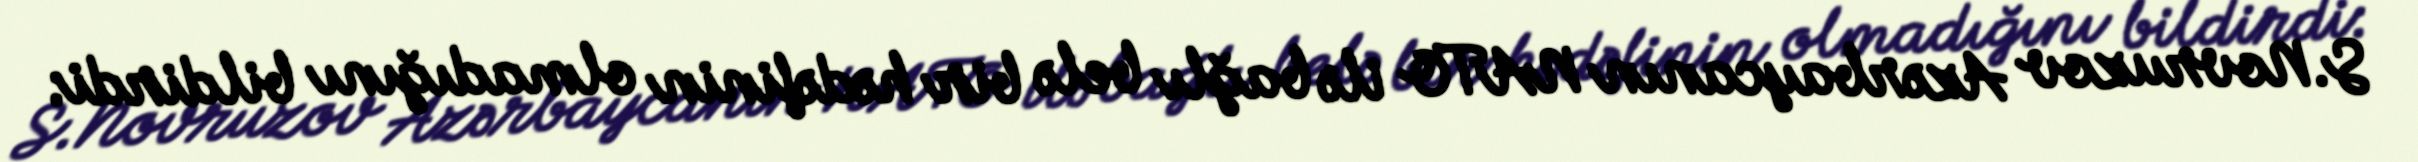
S.Novruzov Azərbaycanın NATO ilə bağlı belə bir hədəfinin olmadığını bildirdi: